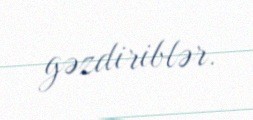
gəzdiriblər.